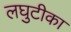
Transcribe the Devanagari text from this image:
लघुटीका